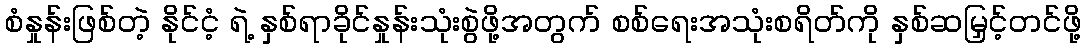
စံနှုန်းဖြစ်တဲ့ နိုင်ငံ့ ရဲ့ နှစ်ရာခိုင်နှုန်းသုံးစွဲဖို့အတွက် စစ်ရေးအသုံးစရိတ်ကို နှစ်ဆမြှင့်တင်ဖို့